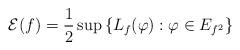
LaTeX: \begin{align*}\mathcal{E}(f)=\frac12\sup\left\lbrace L_f(\varphi): \varphi\in E_{f^2}\right\rbrace\end{align*}